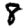
Digit: 8